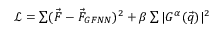
\begin{array} { r } { \mathcal { L } = \sum ( \vec { F } - \vec { F } _ { G F N N } ) ^ { 2 } + \beta \sum | G ^ { \alpha } ( \vec { q } ) | ^ { 2 } } \end{array}